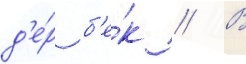
д'е́р б'е́к // В